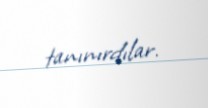
tanınırdılar.